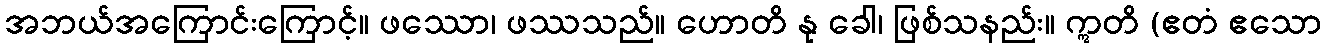
အဘယ်အကြောင်းကြောင့်။ ဖဿော၊ ဖဿသည်။ ဟောတိ နု ခေါ၊ ဖြစ်သနည်း။ ဣတိ (ဧတံ ဧသော